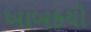
ખાબકયો